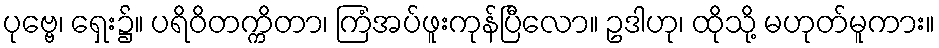
ပုဗ္ဗေ၊ ရှေး၌။ ပရိဝိတက္ကိတာ၊ ကြံအပ်ဖူးကုန်ပြီလော။ ဥဒါဟု၊ ထိုသို့ မဟုတ်မူကား။